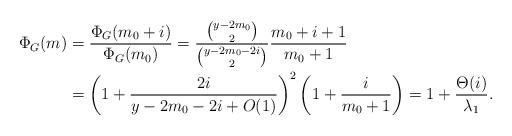
LaTeX: \begin{align*}\Phi_G(m) & = \frac{\Phi_G(m_0+i)}{\Phi_G(m_0)} = \frac{\binom{y-2m_0}{2}}{\binom{y-2m_0-2i}{2}} \frac{m_0+i+1}{m_0+1} \\& = \left(1+\frac{2i}{y-2m_0-2i+O(1)}\right)^2 \left(1+\frac{i}{m_0+1}\right) =1+\frac{\Theta(i)}{\lambda_1}.\end{align*}